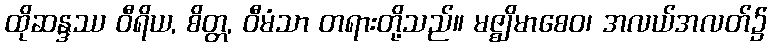
ထိုဆန္ဒဿ ဝီရိယ, စိတ္တ, ဝီမံသာ တရားတို့သည်။ မဇ္ဈိမာစေဝ၊ အလယ်အလတ်၌